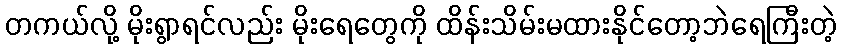
တကယ်လို့ မိုးရွာရင်လည်း မိုးရေတွေကို ထိန်းသိမ်းမထားနိုင်တော့ဘဲရေကြီးတဲ့